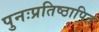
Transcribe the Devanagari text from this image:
पुनःप्रतिष्ठापित